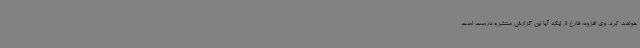
خواهد کرد. وی افزود: فارغ از اینکه آیا این گزارش‌ منتشره درست است